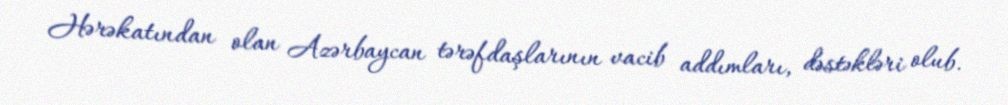
Hərəkatından olan Azərbaycan tərəfdaşlarının vacib addımları, dəstəkləri olub.